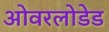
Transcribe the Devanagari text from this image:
ओवरलोडेड